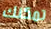
تمكنك